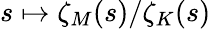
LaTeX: s\mapsto\zeta_{M}(s)/\zeta_{K}(s)